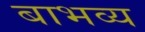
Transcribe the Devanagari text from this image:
बाभव्य